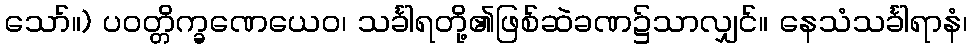
သော်။) ပဝတ္တိက္ခဏေယေဝ၊ သင်္ခါရတို့၏ဖြစ်ဆဲခဏ၌သာလျှင်။ နေသံသင်္ခါရာနံ၊